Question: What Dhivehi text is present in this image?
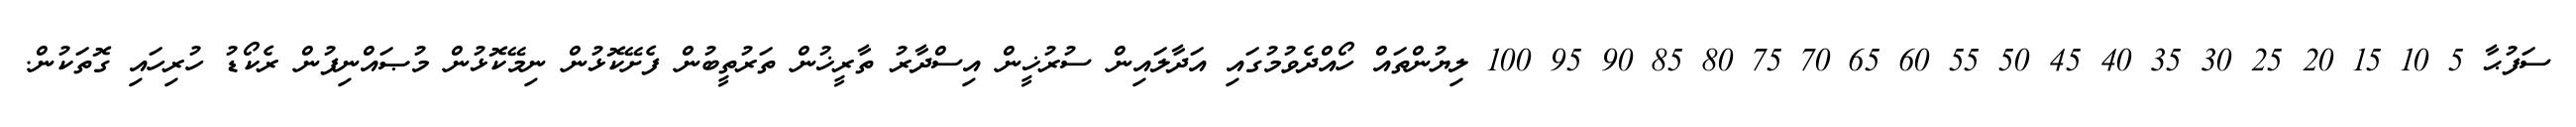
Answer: ސަފުޙާ 5 10 15 20 25 30 35 40 45 50 55 60 65 70 75 80 85 90 95 100 ލިޔުންތައް ހޯއްދެވުމުގައި އަދާލައިން ސުރުޚީން އިސްދާރު ތާރީޚުން ތަރުތީބުން ފެށޭކޮޅުން ނިމޭކޮޅުން މުޞައްނިފުން ރެކޯޑު ހުރިހައި ގޮތަކުން.